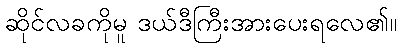
ဆိုင်လခကိုမူ ဒယ်ဒီကြီးအားပေးရလေ၏။